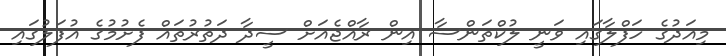
މިއަދުގެ ހަފްލާގައި ވަނީ ލުކްތަންސާ އިން ރާއްޖެއަށް ސީދާ ދަތުރުތައް ފެށުމުގެ އުފަލުގައި